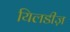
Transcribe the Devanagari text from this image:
यिलडीज़